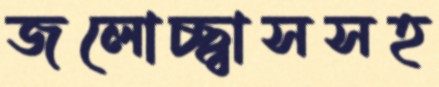
জলোচ্ছ্বাসসহ